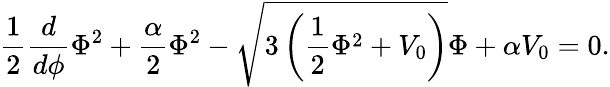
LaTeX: {\frac{1}{2}\frac{d}{d\phi}\Phi^{2}+\frac{\alpha}{2}\Phi^{2}-\sqrt{3\left(\frac{1}{2}\Phi^{2}+V_{0}\right)}\Phi+\alpha V_{0}=0.}